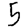
Digit: 5